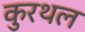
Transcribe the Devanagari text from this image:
कुरथल